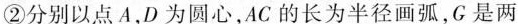
②分别以点A，D为圆心，AC的长为半径画弧，G是两